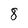
Character: 8